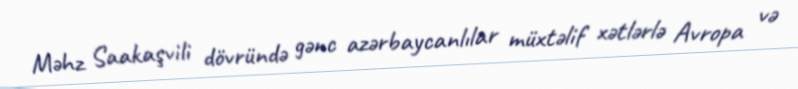
Məhz Saakaşvili dövründə gənc azərbaycanlılar müxtəlif xətlərlə Avropa və